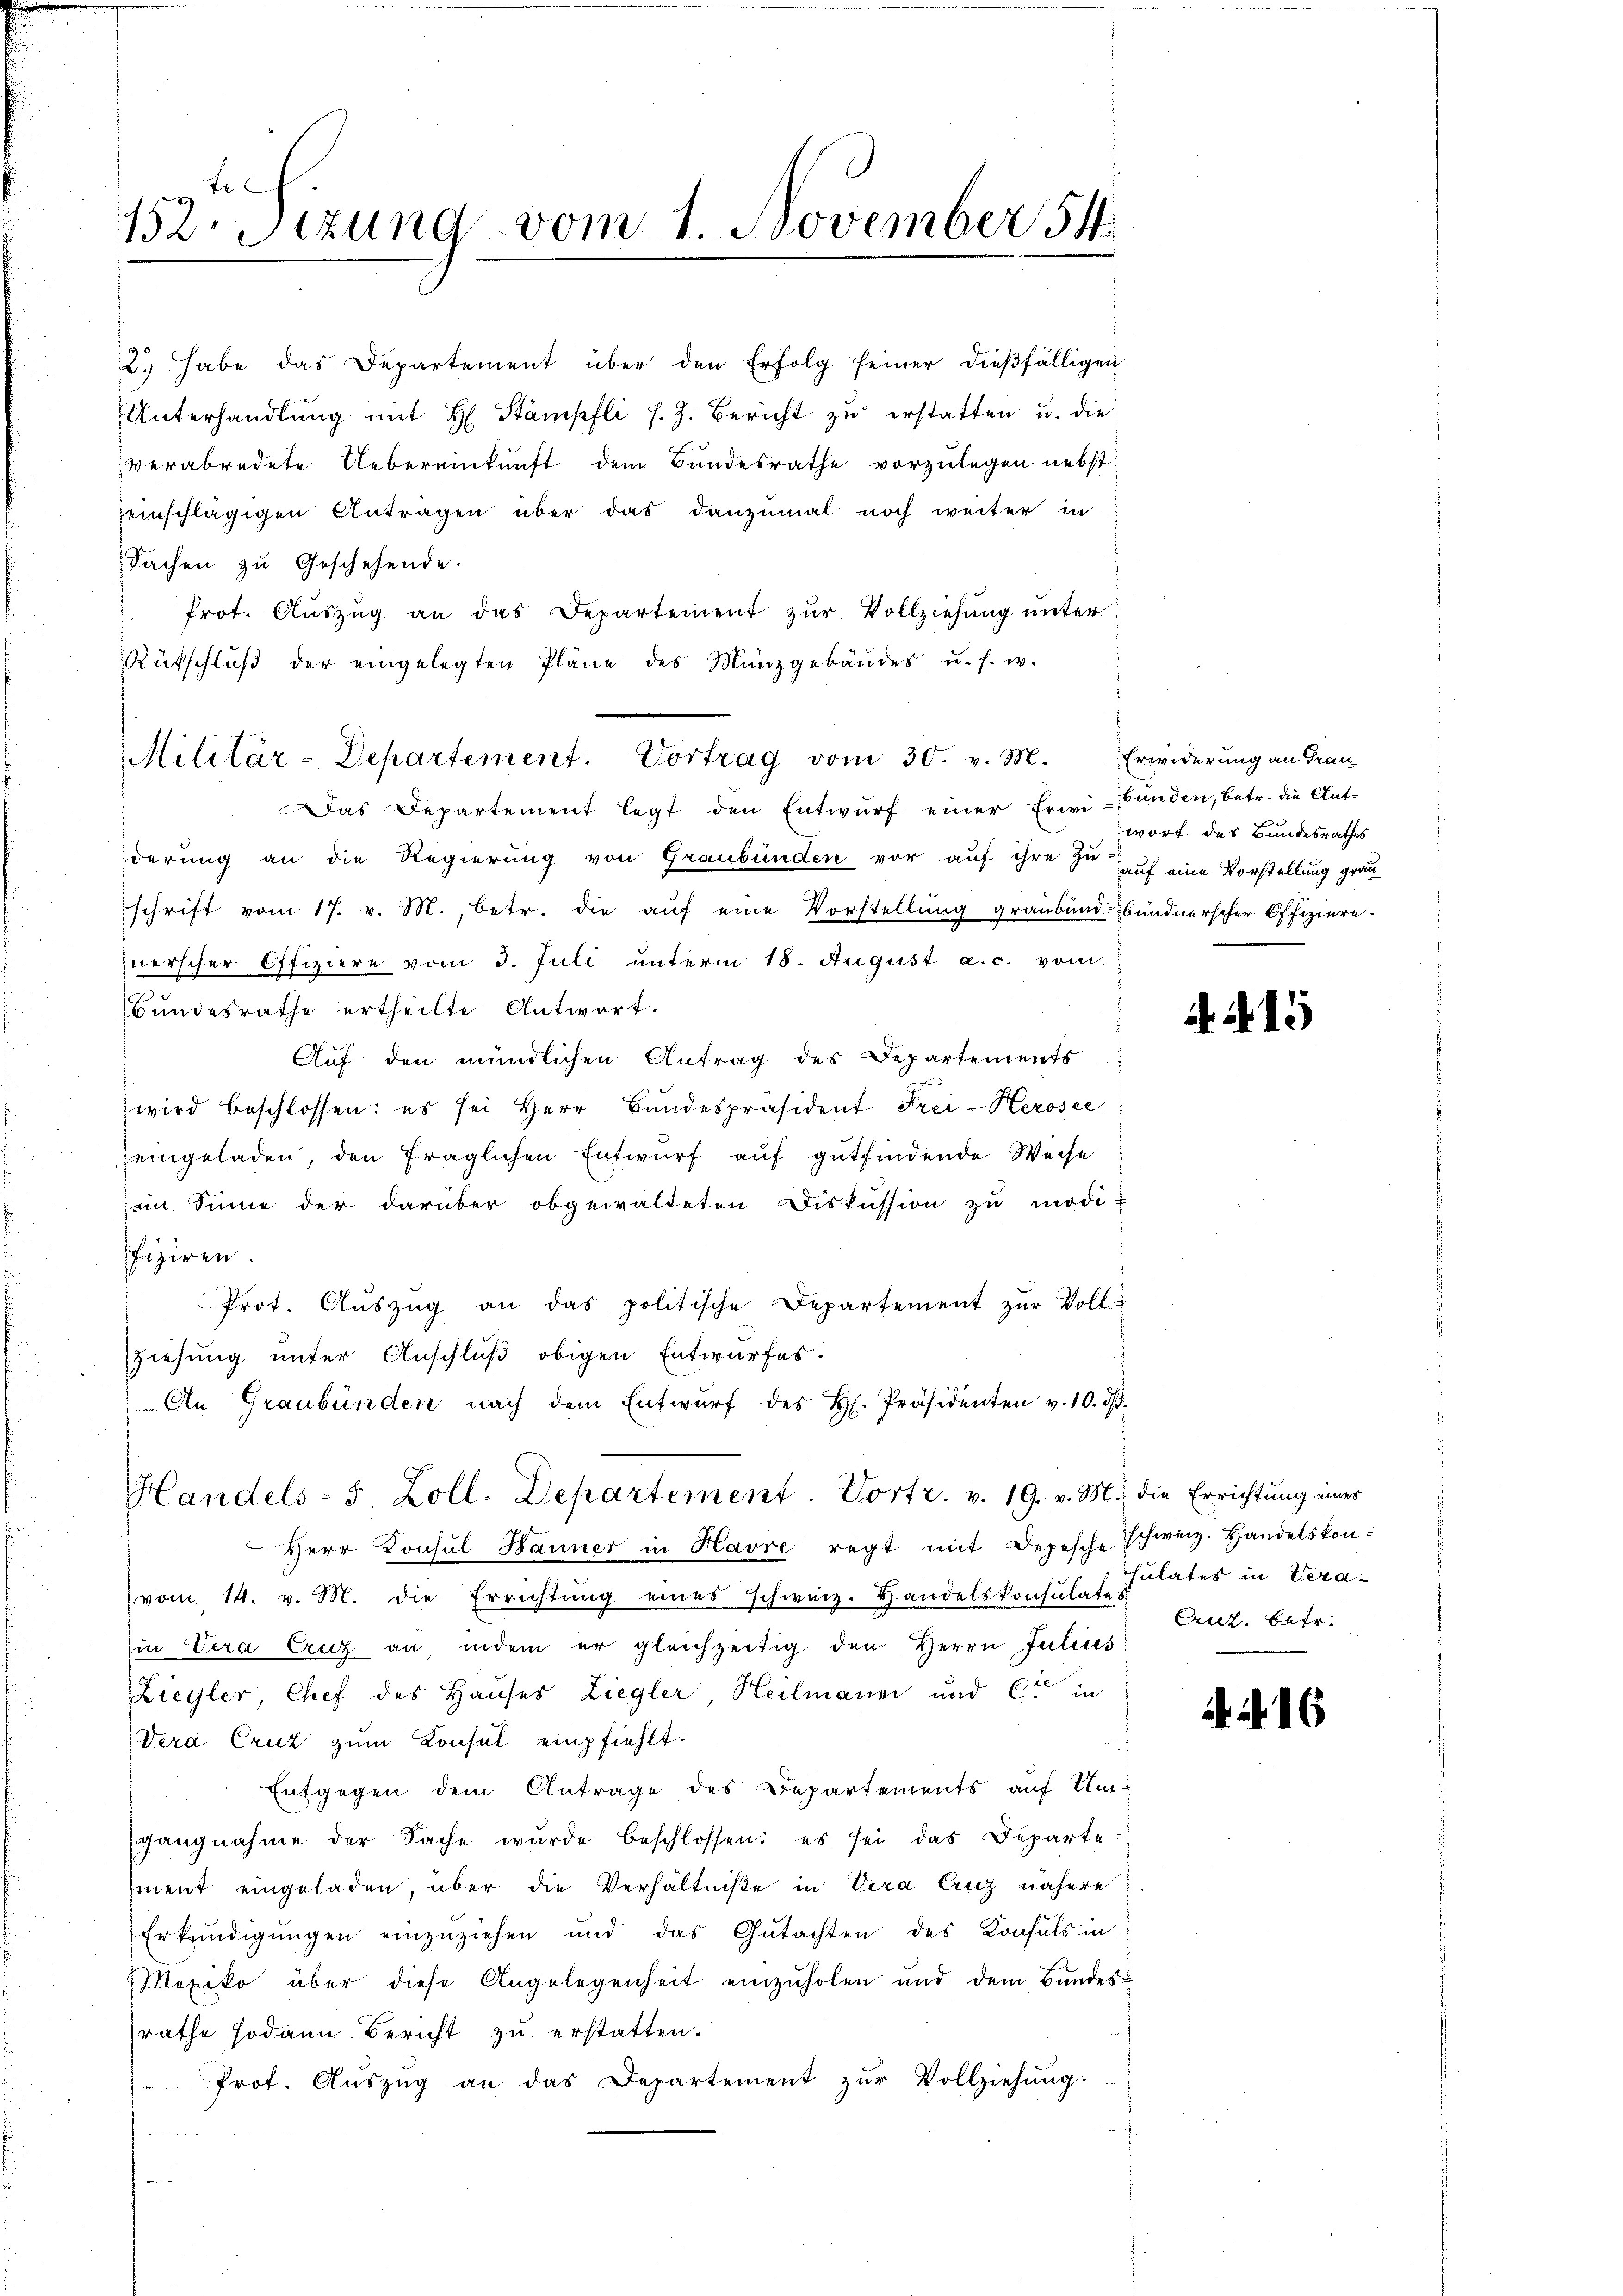
Er
152. Sizung vom 1. November 54

2. habe das Departement über den Erfolg seiner dieβfälligen
Unterhandlung mit H. Stämpfli s. Z. Bericht zu erstatten u. die
verabredete Uebereinkunft dem Bundesrathe vorzulegen nebst
einschlägigen Antragen über das danzumal noch weiter in
Sachen zu Geschehende.
Prot. Aŭszŭg an das Departement zŭr Vollziehŭng ŭnter
Rütschlŭβ der eingelegten Pläne des Münzgebäŭdes u. s. w.
Das Departement legt den Entwurf einer Erwi-unden, betr. die Ant-
derung an die Regierung von Graubünden vor auf ihre se auf eine Vorstellung gran
schrift vom 17. v. M., betr. die auf eine Vorstellung graubund bundnerscher Offiziere.
zuerscher Offiziere vom 3. Juli unterm 18. August a. c. vom
Bundesrathe ertheilte Antwort.
Auf den mündlichen Antrag des Departements
wird beschlossen: es sei Herr Bundespräsident Frei-Kerosee
eingeladen, den fraglichen Entwurf auf gutfindende Weise
iin Sinne der darüber obgewalteten Diskussion zu modi-
fiziren
Prot. Aŭszŭg an das politische Departement zŭr Voll-
ziehung unter Anschluß obigen Entwurfes.
An Graubünden nach dem Entwŭrf des H. Präsidenten v. 10. dβ.
Handels- 5 Zoll. Departement. Vortr. v. 19. v. M., die Errichtŭng eines
Herr Konsul Banner in Havre regt mit Depesche Schweiz. Handelskon-
vom 14. v. M. die Errichtŭng eines schweiz. Handelskonsulates
Ein Vera Cruz an indem er gleichzeitig den Herrn Julius
Ziegler, Chef des Hauses Ziegler Heilmanni und C in
Vera Cruz zum Konsul empfiehlt.
Entgegen dem Antrage des Departements auf Um-
gangnahme der Sache wurde beschlossen: es sei das Departe
ment eingeladen, über die Verhältniße in Vera Cuz nähere
Erkundigŭngen einzŭziehen und das Gŭtachten des Konsuls in
Mexiko über diese Angelegenheit einzuholen und dem Bundes-
rathe sodann Bericht zu erstatten.
Prot. Aŭszŭg an das Departement zŭr Vollziehŭng.
 N. 114.
B

Militär-Departement. Vortrag vom 30. v. M. Erwiderung an Frau

wort des Bundesrathes

N. 15

sulates in Vera¬
Criez. betr.

. . 16